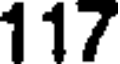
117